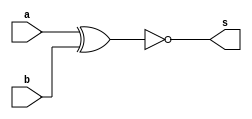
// ------------------------- 
//--Construir a tabela_verdade para a porta XNOR com 2 entradas. 
//--Usar operador ( ~(a^b) ) na definio do mdulo.    
//----------------------------- 
// Exercicio03 - XNOR 
// Nome: Milton costa teles da silva
// ------------------------- 
// ------------------------- 
// -- xnor gate 
// -------------------------
module xnorgate ( output s, input a, input b); 
 assign s = ( ~(a^b) )  ; 
endmodule // xnorgate 
// --------------------- 
// -- test xnor gate 
// --------------------- 
module testxnorgate; 
// ------------------------- dados locais 
  reg a,b; // definir registradores 
  wire s; // definir conexao (fio) 
// ------------------------- instancia 
  xnorgate XNOR1 (s, a, b); 
// ------------------------- preparacao 
  initial begin:start 
    a=0;b=0; 
  end 
// ------------------------- parte principal 
  initial begin 
    $display("Exercicio03 -  Milton teles da silva - 002751"); 
    $display("Test XNOR gate"); 
    $display("a  ~^ b = s"); 
    $monitor("%b  ~^ %b = %b",a, b ,s);
    #1 a=1; b=0; //valores decimais 
    #1 a=0; b=1;
    #1 a=1; b=1; 
  end 
endmodule // testxnorgate